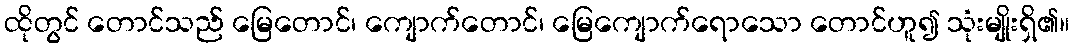
ထိုတွင် တောင်သည် မြေတောင်၊ ကျောက်တောင်၊ မြေကျောက်ရောသော တောင်ဟူ၍ သုံးမျိုးရှိ၏။